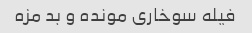
فیله سوخاری مونده و بد مزه